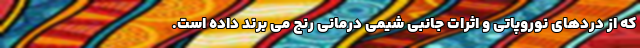
که از دردهای نوروپاتی و اثرات جانبی شیمی درمانی رنج می برند داده است.